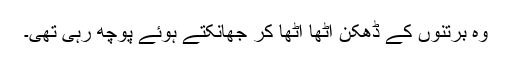
وہ برتنوں کے ڈھکن اٹھا اٹھا کر جھانکتے ہوئے پوچھ رہی تھی۔